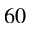
6 0